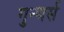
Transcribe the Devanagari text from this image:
गुन्थर्स